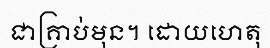
ជាគ្រាប់មុន។ ដោយហេតុ